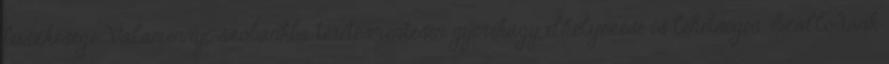
büszkesége. Valamennyi szobánkba térítésmentesen gyerekágy elhelyezése is lehetséges. Szállodánk